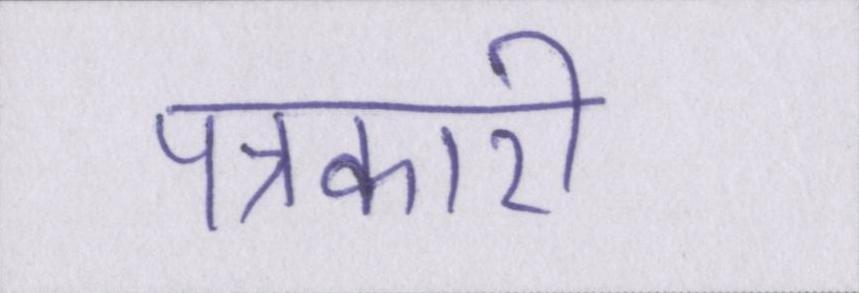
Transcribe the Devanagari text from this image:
पत्रकारी